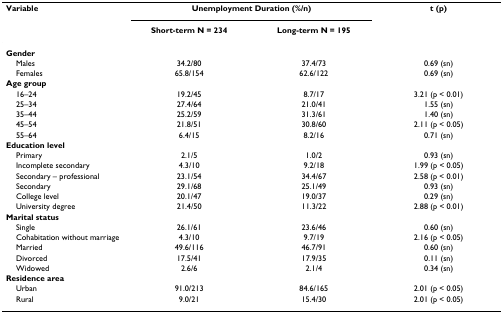
<table><thead><tr><td><b>Variable</b></td><td colspan="2"><b>Unemployment Duration (%/n)</b></td><td><b>t (p)</b></td></tr><tr><td></td><td><b>Short-term N = 234</b></td><td><b>Long-term N = 195</b></td><td></td></tr></thead><tbody><tr><td><b>Gender</b></td><td></td><td></td><td></td></tr><tr><td> Males</td><td>34.2/80</td><td>37.4/73</td><td>0.69 (sn)</td></tr><tr><td> Females</td><td>65.8/154</td><td>62.6/122</td><td>0.69 (sn)</td></tr><tr><td><b>Age group</b></td><td></td><td></td><td></td></tr><tr><td> 16–24</td><td>19.2/45</td><td>8.7/17</td><td>3.21 (p &lt; 0.01)</td></tr><tr><td> 25–34</td><td>27.4/64</td><td>21.0/41</td><td>1.55 (sn)</td></tr><tr><td> 35–44</td><td>25.2/59</td><td>31.3/61</td><td>1.40 (sn)</td></tr><tr><td> 45–54</td><td>21.8/51</td><td>30.8/60</td><td>2.11 (p &lt; 0.05)</td></tr><tr><td> 55–64</td><td>6.4/15</td><td>8.2/16</td><td>0.71 (sn)</td></tr><tr><td><b>Education level</b></td><td></td><td></td><td></td></tr><tr><td> Primary</td><td>2.1/5</td><td>1.0/2</td><td>0.93 (sn)</td></tr><tr><td> Incomplete secondary</td><td>4.3/10</td><td>9.2/18</td><td>1.99 (p &lt; 0.05)</td></tr><tr><td> Secondary – professional</td><td>23.1/54</td><td>34.4/67</td><td>2.58 (p &lt; 0.01)</td></tr><tr><td> Secondary</td><td>29.1/68</td><td>25.1/49</td><td>0.93 (sn)</td></tr><tr><td> College level</td><td>20.1/47</td><td>19.0/37</td><td>0.29 (sn)</td></tr><tr><td> University degree</td><td>21.4/50</td><td>11.3/22</td><td>2.88 (p &lt; 0.01)</td></tr><tr><td><b>Marital status</b></td><td></td><td></td><td></td></tr><tr><td> Single</td><td>26.1/61</td><td>23.6/46</td><td>0.60 (sn)</td></tr><tr><td> Cohabitation without marriage</td><td>4.3/10</td><td>9.7/19</td><td>2.16 (p &lt; 0.05)</td></tr><tr><td> Married</td><td>49.6/116</td><td>46.7/91</td><td>0.60 (sn)</td></tr><tr><td> Divorced</td><td>17.5/41</td><td>17.9/35</td><td>0.11 (sn)</td></tr><tr><td> Widowed</td><td>2.6/6</td><td>2.1/4</td><td>0.34 (sn)</td></tr><tr><td><b>Residence area</b></td><td></td><td></td><td></td></tr><tr><td> Urban</td><td>91.0/213</td><td>84.6/165</td><td>2.01 (p &lt; 0.05)</td></tr><tr><td> Rural</td><td>9.0/21</td><td>15.4/30</td><td>2.01 (p &lt; 0.05)</td></tr></tbody></table>